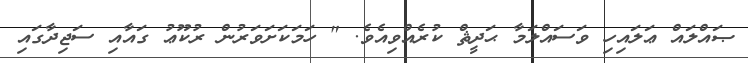
ޞައްލައް ޢަލައިހި ވަސައްލަމާ ޙަދީޘް ކުރެއްވިއެވެ. " ހަމަކަށަވަރުން ރުކޫޢު ގައާއި ސަޖިދާގައި